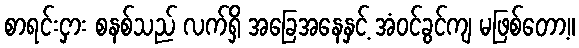
စာရင်းငှား စနစ်သည် လက်ရှိ အခြေအနေနှင့် အံဝင်ခွင်ကျ မဖြစ်တော့။